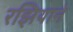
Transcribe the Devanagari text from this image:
रझियाने